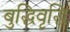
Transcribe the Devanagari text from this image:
बुद्धिवृद्धि